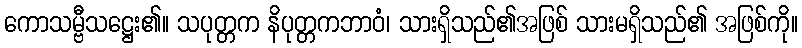
ကောသမ္ဗီသဋ္ဌေး၏။ သပုတ္တက နိပုတ္တကဘာဝံ၊ သားရှိသည်၏အဖြစ် သားမရှိသည်၏ အဖြစ်ကို။